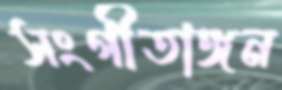
সংগীতাঙ্গন